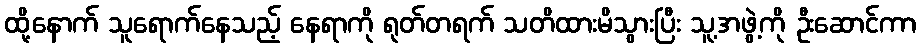
ထို့နောက် သူရောက်နေသည့် နေရာကို ရုတ်တရက် သတိထားမိသွားပြီး သူ့အဖွဲ့ကို ဦးဆောင်ကာ